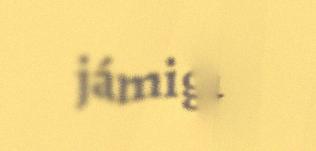
jámiguttja